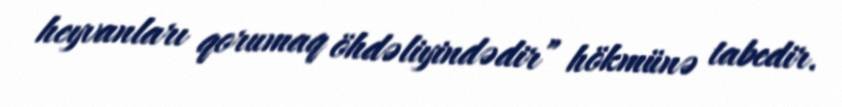
heyvanları qorumaq öhdəliyindədir” hökmünə tabedir.